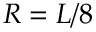
R = L / 8